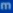
m